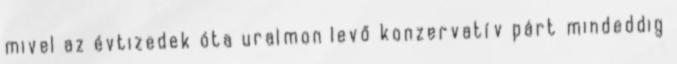
mivel az évtizedek óta uralmon levő konzervatív párt mindeddig